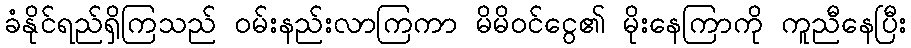
ခံနိုင်ရည်ရှိကြသည် ဝမ်းနည်းလာကြကာ မိမိဝင်ငွေ၏ မိုးနေကြာကို ကူညီနေပြီး